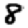
Digit: 8